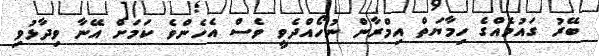
ބޭރު ގައުމެއްގެ ހިމާޔަތް އިމްރާން ނުހޯއްދެވީ ވެސް އެހެންވެ ކަމަށް އޭނާ ވިދާޅުވި